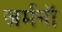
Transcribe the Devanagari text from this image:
जर्मनॉ